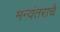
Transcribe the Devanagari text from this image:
मन्वंतराचे